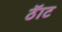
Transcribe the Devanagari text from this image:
ठॅाट